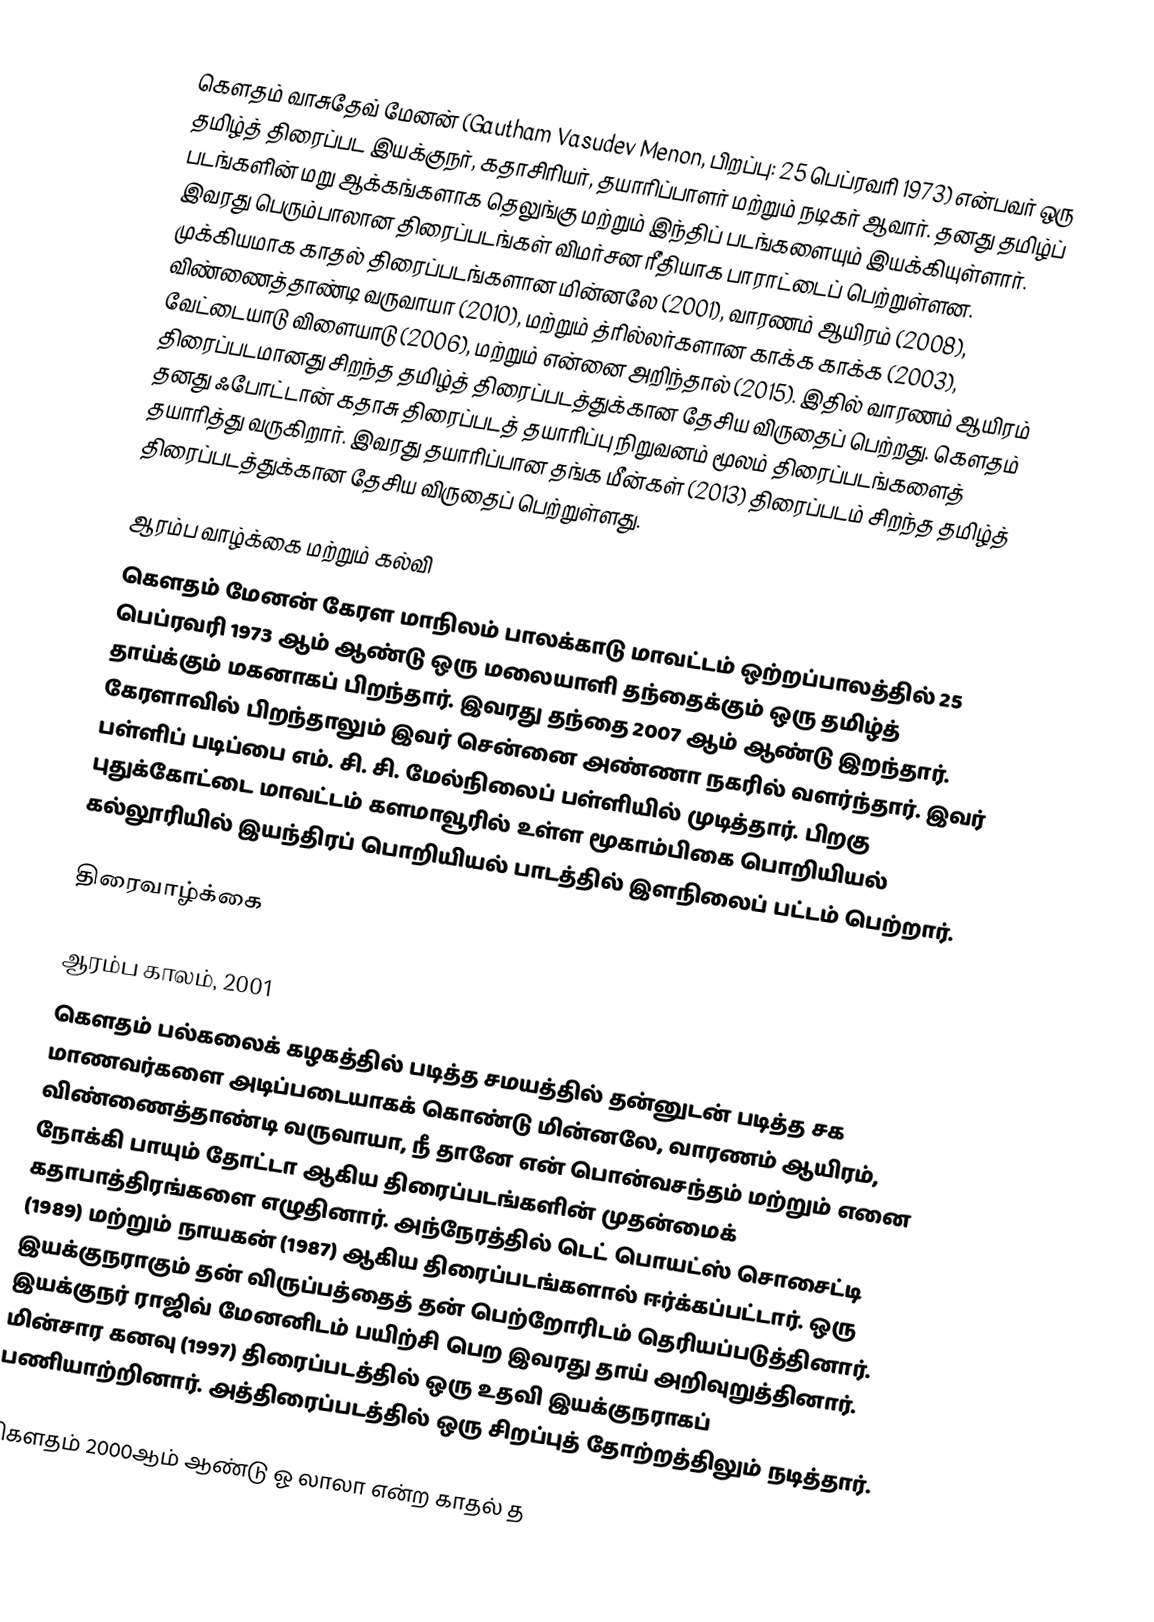
கௌதம் வாசுதேவ் மேனன் (Gautham Vasudev Menon, பிறப்பு: 25 பெப்ரவரி 1973) என்பவர் ஒரு தமிழ்த் திரைப்பட இயக்குநர், கதாசிரியர், தயாரிப்பாளர் மற்றும் நடிகர் ஆவார். தனது தமிழ்ப் படங்களின் மறு ஆக்கங்களாக தெலுங்கு மற்றும் இந்திப் படங்களையும் இயக்கியுள்ளார். இவரது பெரும்பாலான திரைப்படங்கள் விமர்சன ரீதியாக பாராட்டைப் பெற்றுள்ளன. முக்கியமாக காதல் திரைப்படங்களான மின்னலே (2001), வாரணம் ஆயிரம் (2008), விண்ணைத்தாண்டி வருவாயா (2010), மற்றும் த்ரில்லர்களான காக்க காக்க (2003), வேட்டையாடு விளையாடு (2006), மற்றும் என்னை அறிந்தால் (2015). இதில் வாரணம் ஆயிரம் திரைப்படமானது சிறந்த தமிழ்த் திரைப்படத்துக்கான தேசிய விருதைப் பெற்றது. கௌதம் தனது ஃபோட்டான் கதாசு திரைப்படத் தயாரிப்பு நிறுவனம் மூலம் திரைப்படங்களைத் தயாரித்து வருகிறார். இவரது தயாரிப்பான தங்க மீன்கள் (2013) திரைப்படம் சிறந்த தமிழ்த் திரைப்படத்துக்கான தேசிய விருதைப் பெற்றுள்ளது.

ஆரம்ப வாழ்க்கை மற்றும் கல்வி
கௌதம் மேனன் கேரள மாநிலம் பாலக்காடு மாவட்டம் ஒற்றப்பாலத்தில் 25 பெப்ரவரி 1973 ஆம் ஆண்டு ஒரு மலையாளி தந்தைக்கும் ஒரு தமிழ்த் தாய்க்கும் மகனாகப் பிறந்தார். இவரது தந்தை 2007 ஆம் ஆண்டு இறந்தார். கேரளாவில் பிறந்தாலும் இவர் சென்னை அண்ணா நகரில் வளர்ந்தார். இவர் பள்ளிப் படிப்பை எம். சி. சி. மேல்நிலைப் பள்ளியில் முடித்தார். பிறகு புதுக்கோட்டை மாவட்டம் களமாவூரில் உள்ள மூகாம்பிகை பொறியியல் கல்லூரியில் இயந்திரப் பொறியியல் பாடத்தில் இளநிலைப் பட்டம் பெற்றார்.

திரைவாழ்க்கை

ஆரம்ப காலம், 2001
கௌதம் பல்கலைக் கழகத்தில் படித்த சமயத்தில் தன்னுடன் படித்த சக மாணவர்களை அடிப்படையாகக் கொண்டு மின்னலே, வாரணம் ஆயிரம், விண்ணைத்தாண்டி வருவாயா, நீ தானே என் பொன்வசந்தம் மற்றும் எனை நோக்கி பாயும் தோட்டா ஆகிய திரைப்படங்களின் முதன்மைக் கதாபாத்திரங்களை எழுதினார். அந்நேரத்தில் டெட் பொயட்ஸ் சொசைட்டி (1989) மற்றும் நாயகன் (1987) ஆகிய திரைப்படங்களால் ஈர்க்கப்பட்டார். ஒரு இயக்குநராகும் தன் விருப்பத்தைத் தன் பெற்றோரிடம் தெரியப்படுத்தினார். இயக்குநர் ராஜிவ் மேனனிடம் பயிற்சி பெற இவரது தாய் அறிவுறுத்தினார். மின்சார கனவு (1997) திரைப்படத்தில் ஒரு உதவி இயக்குநராகப் பணியாற்றினார். அத்திரைப்படத்தில் ஒரு சிறப்புத் தோற்றத்திலும் நடித்தார்.

கௌதம் 2000ஆம் ஆண்டு ஓ லாலா என்ற காதல் த